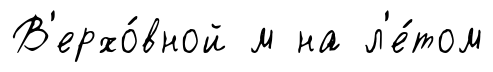
В'ерхо́вной м на л'е́том